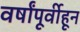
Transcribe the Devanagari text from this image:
वर्षांपूर्वीहून